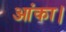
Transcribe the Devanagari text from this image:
आंका।